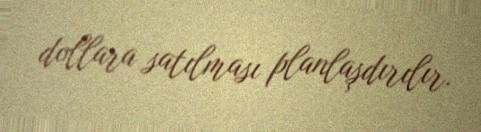
dollara satılması planlaşdırılır.